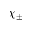
\chi _ { \pm }